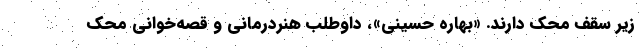
زیر سقف محک دارند. «بهاره حسینی»، داوطلب هنردرمانی و قصه‌خوانی محک